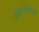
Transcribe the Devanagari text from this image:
आजतागायतही